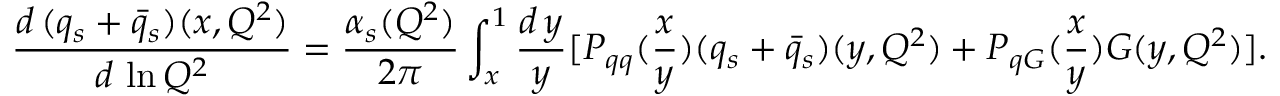
\frac { d \, ( q _ { s } + \bar { q } _ { s } ) ( x , Q ^ { 2 } ) } { d \, \ln Q ^ { 2 } } = \frac { \alpha _ { s } ( Q ^ { 2 } ) } { 2 \pi } \int _ { x } ^ { 1 } \frac { d \, y } { y } [ P _ { q q } ( \frac { x } { y } ) ( q _ { s } + \bar { q } _ { s } ) ( y , Q ^ { 2 } ) + P _ { q G } ( \frac { x } { y } ) G ( y , Q ^ { 2 } ) ] .